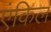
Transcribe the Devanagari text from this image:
एंकिल